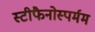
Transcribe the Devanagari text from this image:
स्टीफैनोस्पर्मम